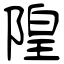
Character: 隍